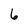
Character: 6